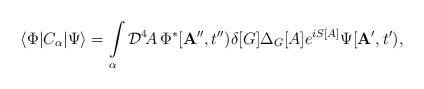
LaTeX: \begin{align*}\langle\Phi|C_\alpha|\Psi\rangle=\int\limits_\alpha{\cal D}^4\! A\,\Phi^*[{\bf A}'',t'')\delta[G]\Delta_G[A]e^{iS[A]}\Psi[{\bf A}',t'),\end{align*}